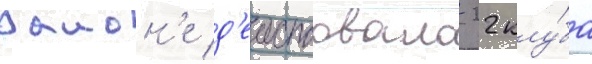
раион'е д'еиствовало 22 клу́ба